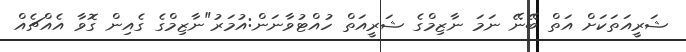
ޝަރީއަތަކަށް އަތް ބޭނޭ ނަމަ ނާޒިމްގެ ޝަރީއަތް ހުއްޓުވާނަން:އުމަރު"ނާޒިމްގެ ގެއިން ގޮވާ އެއްޗެއް